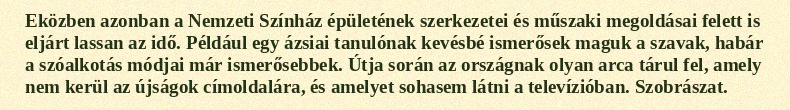
Eközben azonban a Nemzeti Színház épületének szerkezetei és műszaki megoldásai felett is eljárt lassan az idő. Például egy ázsiai tanulónak kevésbé ismerősek maguk a szavak, habár a szóalkotás módjai már ismerősebbek. Útja során az országnak olyan arca tárul fel, amely nem kerül az újságok címoldalára, és amelyet sohasem látni a televízióban. Szobrászat.